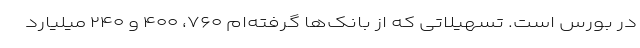
در بورس است. تسهیلاتی که از بانک‌ها گرفته‌ام ۷۶۰، ۴۰۰ و ۲۴۰ میلیارد